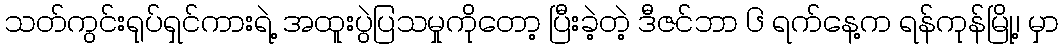
သတ်ကွင်းရုပ်ရှင်ကားရဲ့ အထူးပွဲပြသမှုကိုတော့ ပြီးခဲ့တဲ့ ဒီဇင်ဘာ ၆ ရက်နေ့က ရန်ကုန်မြို့၊ မှာ